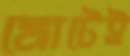
মোটেই